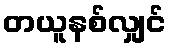
တယူနစ်လျှင်